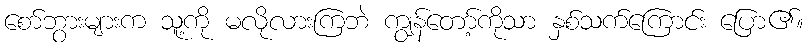
စော်ဘွားများက သူ့ကို မလိုလားကြဘဲ ကျွန်တော့်ကိုသာ နှစ်သက်ကြောင်း ပြော၏။